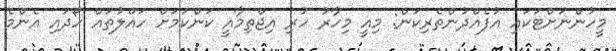
މީހުންނަށްޓަކައި އުފެއްދުންތެރިކަން: މިއީ މިހާރު ހުރި އިޖްތިމާއީ ކަންކަމަށް ހައްލުތައް ހޯދައި އެންމެ